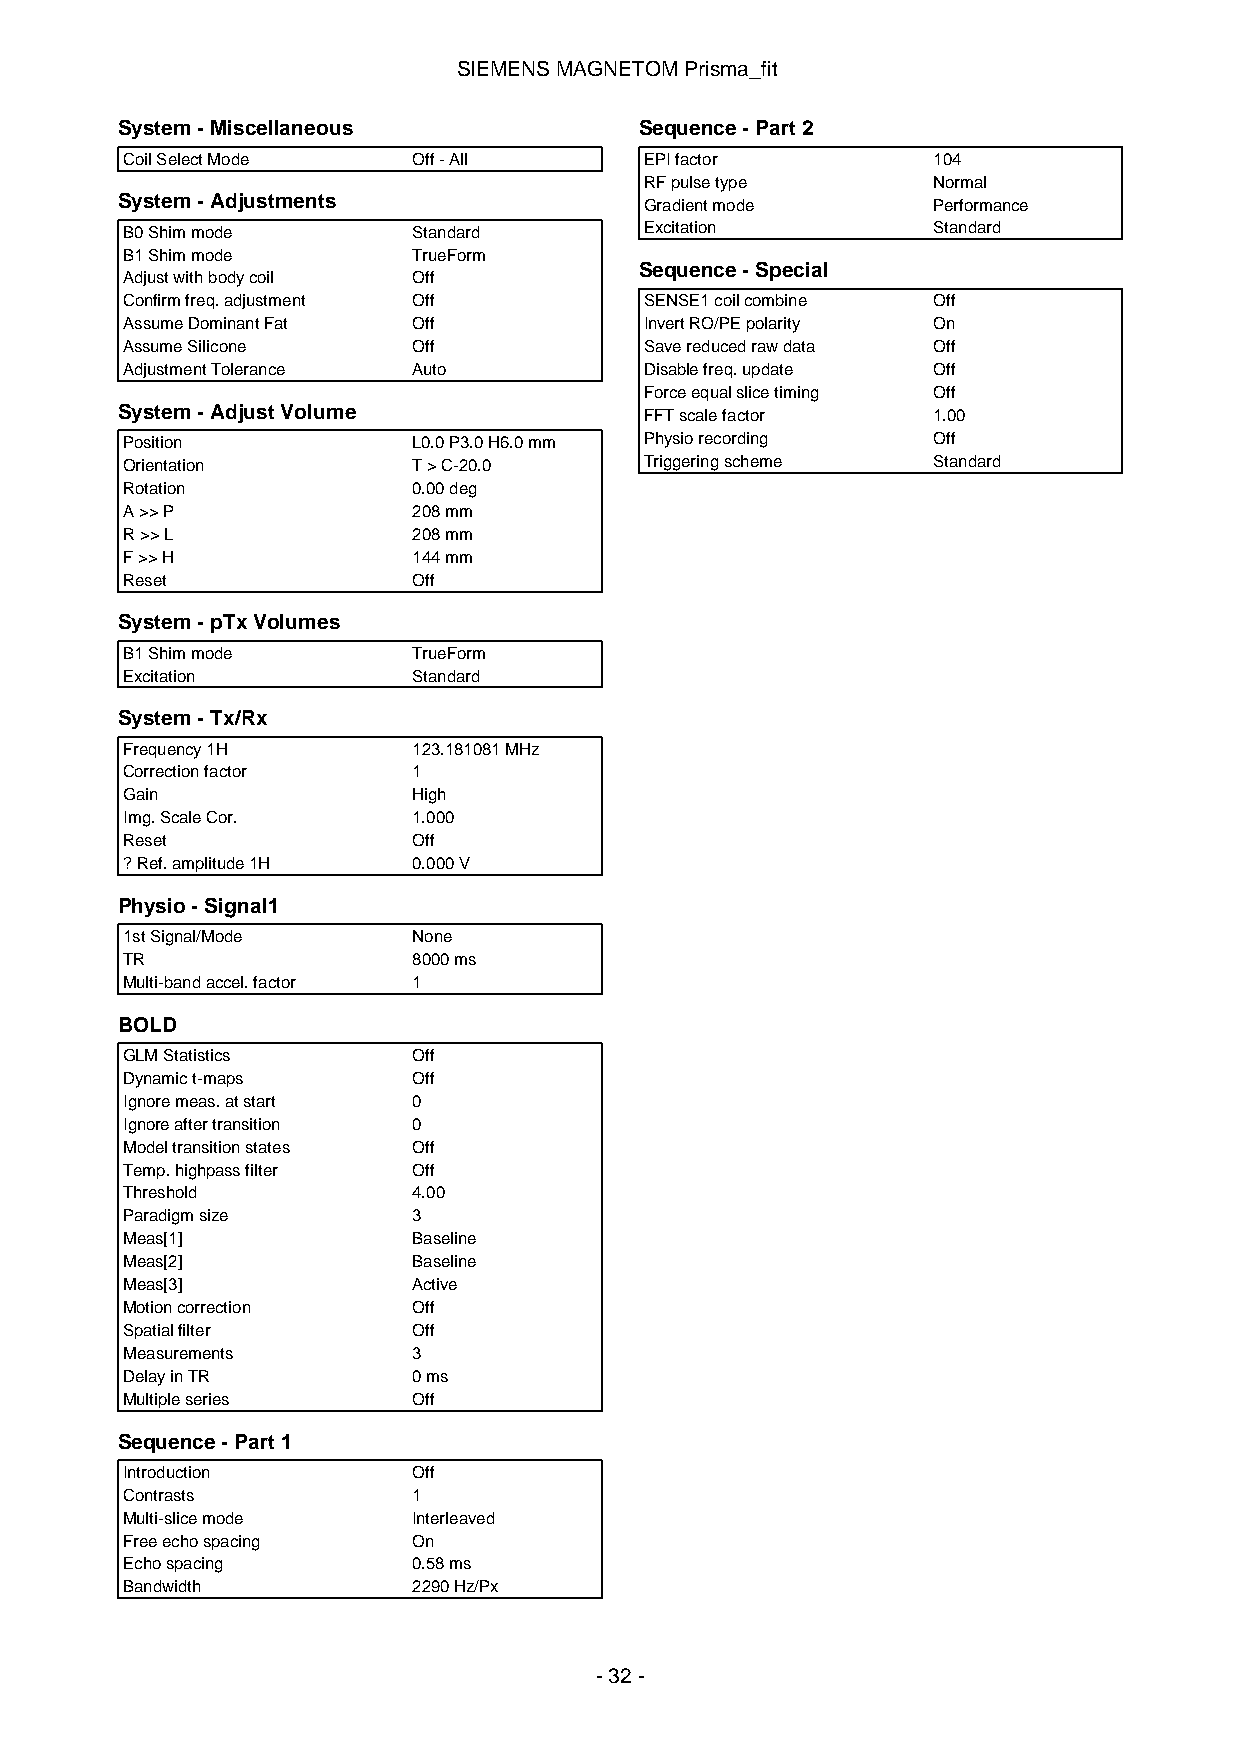
SIEMENSMAGNETOMPrisma_fit
 System-Miscellaneous              Sequence-Part2
 CoilSelectMode     Off-All         EPIfactor          104
 RFpulsetype        Normal
 System-Adjustments                 Gradientmode       Performance
 B0Shimmode         Standard        Excitation         Standard
 B1Shimmode         TrueForm
 Sequence-Special
 Adjustwithbodycoil Off
 Confirmfreq.adjustment Off         SENSE1coilcombine  Off
 AssumeDominantFat  Off             InvertRO/PEpolarity On
 AssumeSilicone     Off             Savereducedrawdata Off
 AdjustmentTolerance Auto           Disablefreq.update Off
 Forceequalslicetiming Off
 System-AdjustVolume                FFTscalefactor     1.00
 Position           L0.0P3.0H6.0mm  Physiorecording    Off
 Orientation        T>C-20.0        Triggeringscheme   Standard
 Rotation           0.00deg
 A>>P               208mm
 R>>L               208mm
 F>>H               144mm
 Reset              Off
 System-pTxVolumes
 B1Shimmode         TrueForm
 Excitation         Standard
 System-Tx/Rx
 Frequency1H        123.181081MHz
 Correctionfactor   1
 Gain               High
 Img.ScaleCor.      1.000
 Reset              Off
 ?Ref.amplitude1H   0.000V
 Physio-Signal1
 1stSignal/Mode     None
 TR                 8000ms
 Multi-bandaccel.factor 1
 BOLD
 GLMStatistics      Off
 Dynamict-maps      Off
 Ignoremeas.atstart 0
 Ignoreaftertransition 0
 Modeltransitionstates Off
 Temp.highpassfilter Off
 Threshold          4.00
 Paradigmsize       3
 Meas[1]            Baseline
 Meas[2]            Baseline
 Meas[3]            Active
 Motioncorrection   Off
 Spatialfilter      Off
 Measurements       3
 DelayinTR          0ms
 Multipleseries     Off
 Sequence-Part1
 Introduction       Off
 Contrasts          1
 Multi-slicemode    Interleaved
 Freeechospacing    On
 Echospacing        0.58ms
 Bandwidth          2290Hz/Px
 -32-